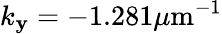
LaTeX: k_{\mathbf{y}}=-1.281\mu\mathrm{{m}}^{-1}